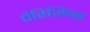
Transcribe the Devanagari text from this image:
पैरिज़िना